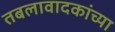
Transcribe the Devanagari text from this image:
तबलावादकांच्या